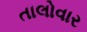
તાલોવાર